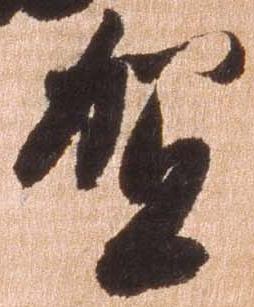
賀